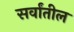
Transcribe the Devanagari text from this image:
सर्वांतील